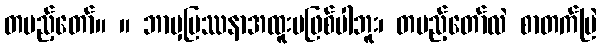
တပည့်တော်။ ။ ဘာမှပြဿနာအထူးမဖြစ်ပါဘူး၊ တပည့်တော်လဲ စာတက်မြဲ